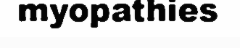
myopathies